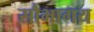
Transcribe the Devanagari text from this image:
सौभागय